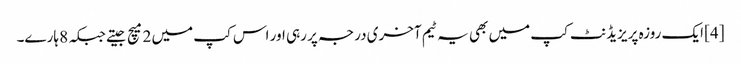
[4] ایک روزہ پریزیڈنٹ کپ میں بھی یہ ٹیم آخری درجہ پر رہی اور اس کپ میں 2 میچ جیتے جبکہ 8 ہارے۔